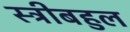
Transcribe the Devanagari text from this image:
स्त्रीबहुल